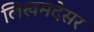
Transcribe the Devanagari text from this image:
लिखमदेसर